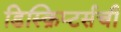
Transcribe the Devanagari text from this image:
डिस्क्रिप्टर्सची